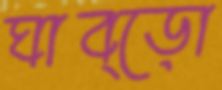
ঘাব্‌ড়ো